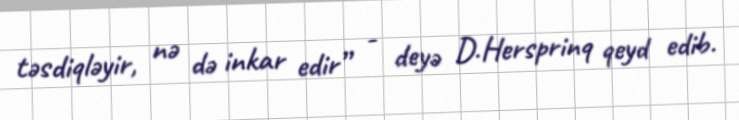
təsdiqləyir, nə də inkar edir” - deyə D.Hersprinq qeyd edib.